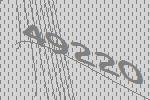
49220